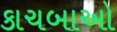
કાચબાઓ